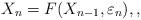
LaTeX: \begin{align*}X_n=F(X_{n-1}, \varepsilon_n), ,\end{align*}